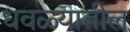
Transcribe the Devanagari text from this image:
धवळ्यातील